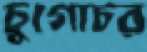
চুগোচর